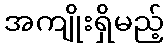
အကျိုးရှိမည့်